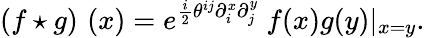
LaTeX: \left(f\star g\right)\, \left(x\right)=e^{{\frac{i}{2}}\theta^{ij}\partial_{i}^{x}\partial_{j}^{y}}\ f(x)g(y)|_{x=y}.